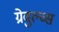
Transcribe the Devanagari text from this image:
ग्रेवुल्व्स